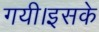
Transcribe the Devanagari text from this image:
गयी।इसके